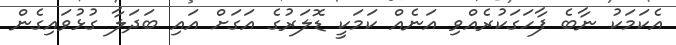
އެކަމަކު ނާބެ ފާހަގަކުރެއްވި އަނެއް ކަމަކީ ޑޮލަރުގެ އަގަށް އައި ބަދަލާ ގުޅުވައިގެން